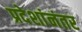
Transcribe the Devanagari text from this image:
प्रदेशांनंतर